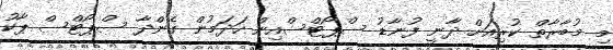
މި މުބާރާތް ކުރިއަށް ދާނީ ފުނާޑު ސްޕޯޓްސްއިން ހަދަމުން ގެންދާ ސްޕޯޓްސް ޕާކު